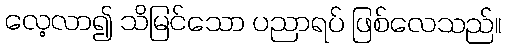
လေ့လာ၍ သိမြင်သော ပညာရပ် ဖြစ်လေသည်။